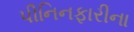
પીનિનફારીના